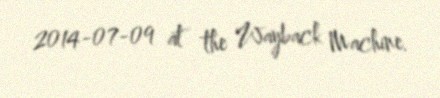
2014-07-09 at the Wayback Machine.